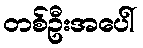
တစ်ဦးအပေါ်